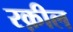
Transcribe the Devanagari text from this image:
रक़ील